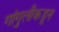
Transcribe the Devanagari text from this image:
गांगुलीकडून